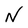
Character: N